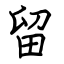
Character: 留